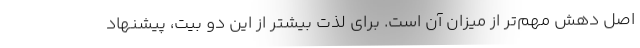
اصل دهش مهم‌تر از میزان آن است. برای لذت بیشتر از این دو بیت، پیشنهاد